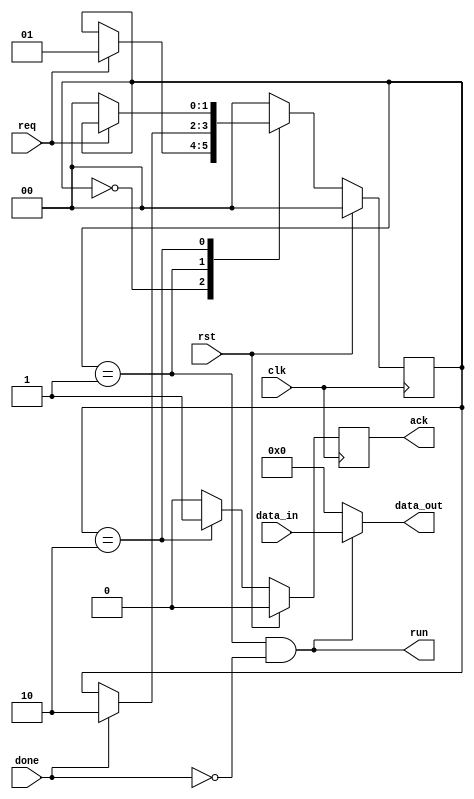
//////////////////////////////////////////////////////////////////////////////////////////////////
// Tyler Anderson Wed 10/09/2019_15:21:11.25
//
// hs_adapter_run.v
//
// Launches from handshake controls and adapts to a run/done control.
// Also includes a provision for when the run signal is actually data_in != 0.  
//////////////////////////////////////////////////////////////////////////////////////////////////

module hs_adapter_run
  (
   input 	 clk,
   input 	 rst,
   input 	 req,
   output reg 	 ack = 0,
   input [31:0]  data_in,
   output [31:0] data_out,
   output 	 run, 
   input 	 done
   );
   
   ///////////////////////////////////////////////////////////////////////////////////////////////
   // FSM definitions
   localparam
     S_IDLE=0,
     S_RUN=1,
     S_ACK=2;
   reg [1:0]    fsm=S_IDLE;
   
`ifdef MODEL_TECH // This works well for modelsim
   reg [127:0] state_str;
   always @(*)
     case(fsm)
       S_IDLE: state_str = "S_IDLE";
       S_RUN:  state_str = "S_RUN";
       S_ACK:  state_str = "S_ACK";
       default: state_str = "*** UNKNOWN ***";
     endcase // case (fsm)
`endif


   ///////////////////////////////////////////////////////////////////////////////////////////////
   // Output assignments
   assign run = fsm==S_RUN && !done; 
   assign data_out = run ? data_in : 0; 
   
   
   ///////////////////////////////////////////////////////////////////////////////////////////////
   // FSM Flow
   always @(posedge clk)
     if(rst)
       begin
	  fsm <= S_IDLE; 
	  ack <= 0;
       end
     else
       begin
	  ack <= 0; 
	  case(fsm)
	    
	    S_IDLE:
	      begin  
		 if(req)  
		   fsm <= S_RUN; 
	      end
	    
	    S_RUN:  
	      begin 
		 if(done) 
		   fsm <= S_ACK;  
	      end
	    
	    S_ACK:
	      begin
		 ack <= 1;
		 if(req==0)
		   fsm <= S_IDLE; 
	      end
	    
	    default: fsm <= S_IDLE; 
	  endcase // case (fsm)
       end
      
endmodule

// For emacs verilog-mode
// Local Variables:
// verilog-library-directories:(".")
// End: